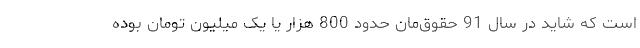
است که شاید در سال 91 حقوق‌مان حدود 800 هزار یا یک میلیون تومان بوده